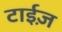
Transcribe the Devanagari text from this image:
टाईज़